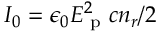
I _ { 0 } = \epsilon _ { 0 } E _ { \textrm { p } } ^ { 2 } c n _ { r } / 2